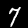
Digit: 7